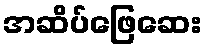
အဆိပ်ဖြေဆေး